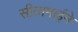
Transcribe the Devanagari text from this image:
सीतामाईने